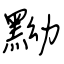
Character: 黝